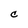
Character: C